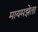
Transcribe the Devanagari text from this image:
मायमझेता